Annual administration report of the Civil Veterinary Department of India - 1894-1895
Year: 1894
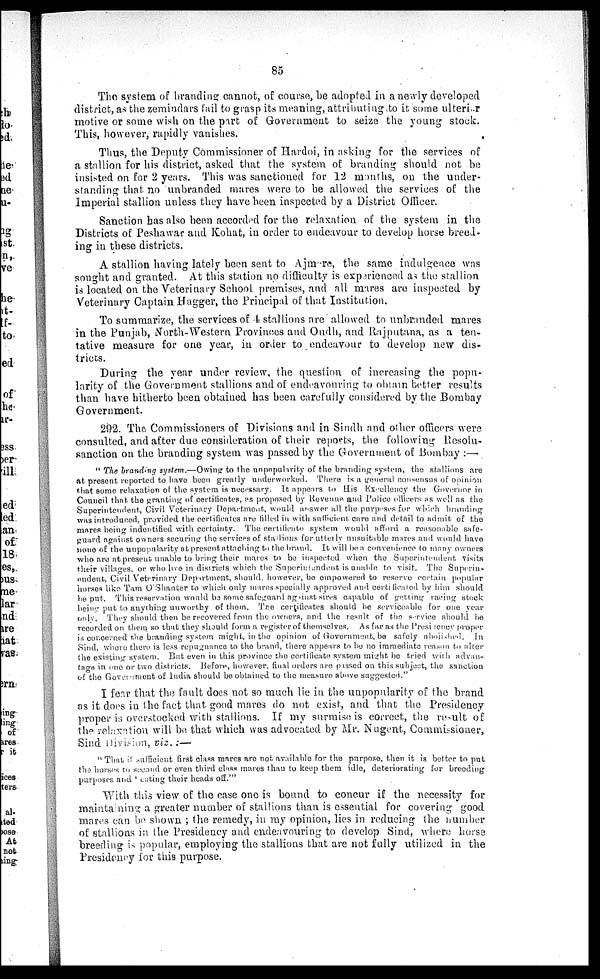
85
The, system of branding cannot, of course, be adopted in a newly developed
district, as the zemindars fail to grasp its meaning, attributing to it some ulterier
motive or some wish on the part of Government to seize the young stock.
This, however, rapidly vanishes.
Thus, the Deputy Commissioner of Hardoi, in asking for the services of
a stallion for his district, asked that the system of branding should not be
insisted on for 2 years. This was sanctioned for 12 months, on the under-
standing that no unbranded mares were to be allowed the services of the
Imperial stallion unless they have been inspected by a District Officer.
Sanction has also been accorded for the relaxation of the system in the
Districts of Peshawar and Kohat, in order to endeavour to develop horse breed-
ing in these districts.
A stallion having lately been sent to Ajmere, the same indulgence was
sought and granted. At this station no difficulty is experienced as the stallion
is located on the Veterinary School premises, and all mares are inspected by
Veterinary Captain Hagger, the Principal of that Institution.
To summarize, the services of 4 stallions are allowed to unbranded mares
in the Punjab, North-Western Provinces and Oudh, and Rajputana, as a ten-
tative measure for one year, in order to endeavour to develop new dis-
tricts.
During the year under review, the question of increasing the popu-
larity of the Government stallions and of endeavouring to obtain better results
than have hitherto been obtained has been carefully considered by the Bombay
Government.
292. The Commissioners of Divisions and in Sindh and other officers were
consulted, and after due consideration of their reports, the following Resolu-
sanction on the branding system was passed by the Government of Bombay :—
" The branding system.—Owing to the unpopularity of the branding system, the stallions are
at present reported to have been greatly underworked. There is a general consensus of opinion
that some relaxation of the system is necessary. It appears to His Excellency the Governor in
Council that the granting of certificates, as proposed by Revenue and Police officers as well as the
Superintendent, Civil Veterinary Department, would answer all the purposes for which branding
was introduced, provided the certificates are filled in with sufficient care and detail to admit of the
mares being indentified with certainty. The certificate system would afford a reasonable safe-
guard against owners securing the services of stallions for utterly unsuitable mares and would have
none of the unpopularity at present attaching to the brand. It, will be a convenience to many owners
who are at present unable to bring their mares to be inspected when the Superintendent visits
their villages, or who live in districts which the Superintendent is unable to visit. The Superin-
endent. Civil Veterinary Department, should, however, be empowered to reserve certain popular
horses like Tam O'Shanter to which only mares specially approved and certificated by him should
be put. This reservation would be some safeguard against sires capable of getting racing stock
being put to anything unworthy of them. The certificates should be serviceable for one year
only. They should then be recovered from the owners, and the result of the service should be
recorded on them so that they should form a register of themselves. As far as the Presidency proper
is concerned the branding system might, in the opinion of Government, be safely abolished. In
Sind, where there is less repugnance to the brand, there appears to be no immediate reason to alter
the existing system. But even in this province the certificate system might be tried with advan-
tage in one or two districts. Before, however, final orders are passed on this subject, the sanction,
of the Government of India should be obtained to the measure above suggested."
I fear that the fault does not so much lie in the unpopularity of the brand
as it does in the fact that good mares do not exist, and that the Presidency
proper is overstocked with stallions. If my surmise is correct, the result of
the relaxation will be that which was advocated by Mr. Nugent, Commissioner,
Sind Division, viz.:—
" That it sufficient first class mares are not available for the purpose, then it is better to put
the horses to second or even third class mares than to keep them idle, deteriorating for breeding
purposes and ' eating their heads off.'"
With this view of the case one is bound to concur if the necessity for
maintaining a greater number of stallions than is essential for covering good
mares can be shown ; the remedy, in my opinion, lies in reducing the number
of stallions in the Presidency and endeavouring to develop Sind, where horse
breeding is popular, employing the stallions that are not fully utilized in the
Presidency for this purpose.